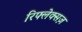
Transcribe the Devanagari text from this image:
रिफ्लेक्सज़